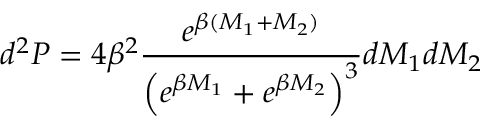
d ^ { 2 } P = 4 \beta ^ { 2 } \frac { e ^ { \beta ( M _ { 1 } + M _ { 2 } ) } } { \left( e ^ { \beta M _ { 1 } } + e ^ { \beta M _ { 2 } } \right) ^ { 3 } } d M _ { 1 } d M _ { 2 }